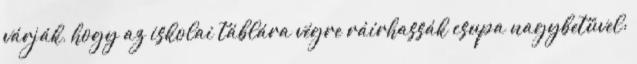
várják, hogy az iskolai táblára végre ráírhassák csupa nagybetűvel: